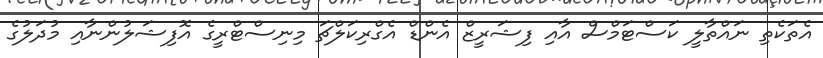
އެތަކެތި ނައްތާލީ ކަސްޓަމްސް އާއި ފިޝަރީޒް އެންޑް އެގްރިކަލްޗަ މިނިސްޓްރީގެ އޮފިޝަލުންނާއި މުދަލުގެ